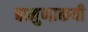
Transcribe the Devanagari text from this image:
बामुणाकयी